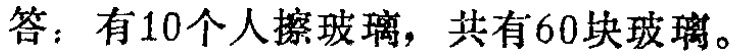
答：有10个人擦玻璃，共有60块玻璃。